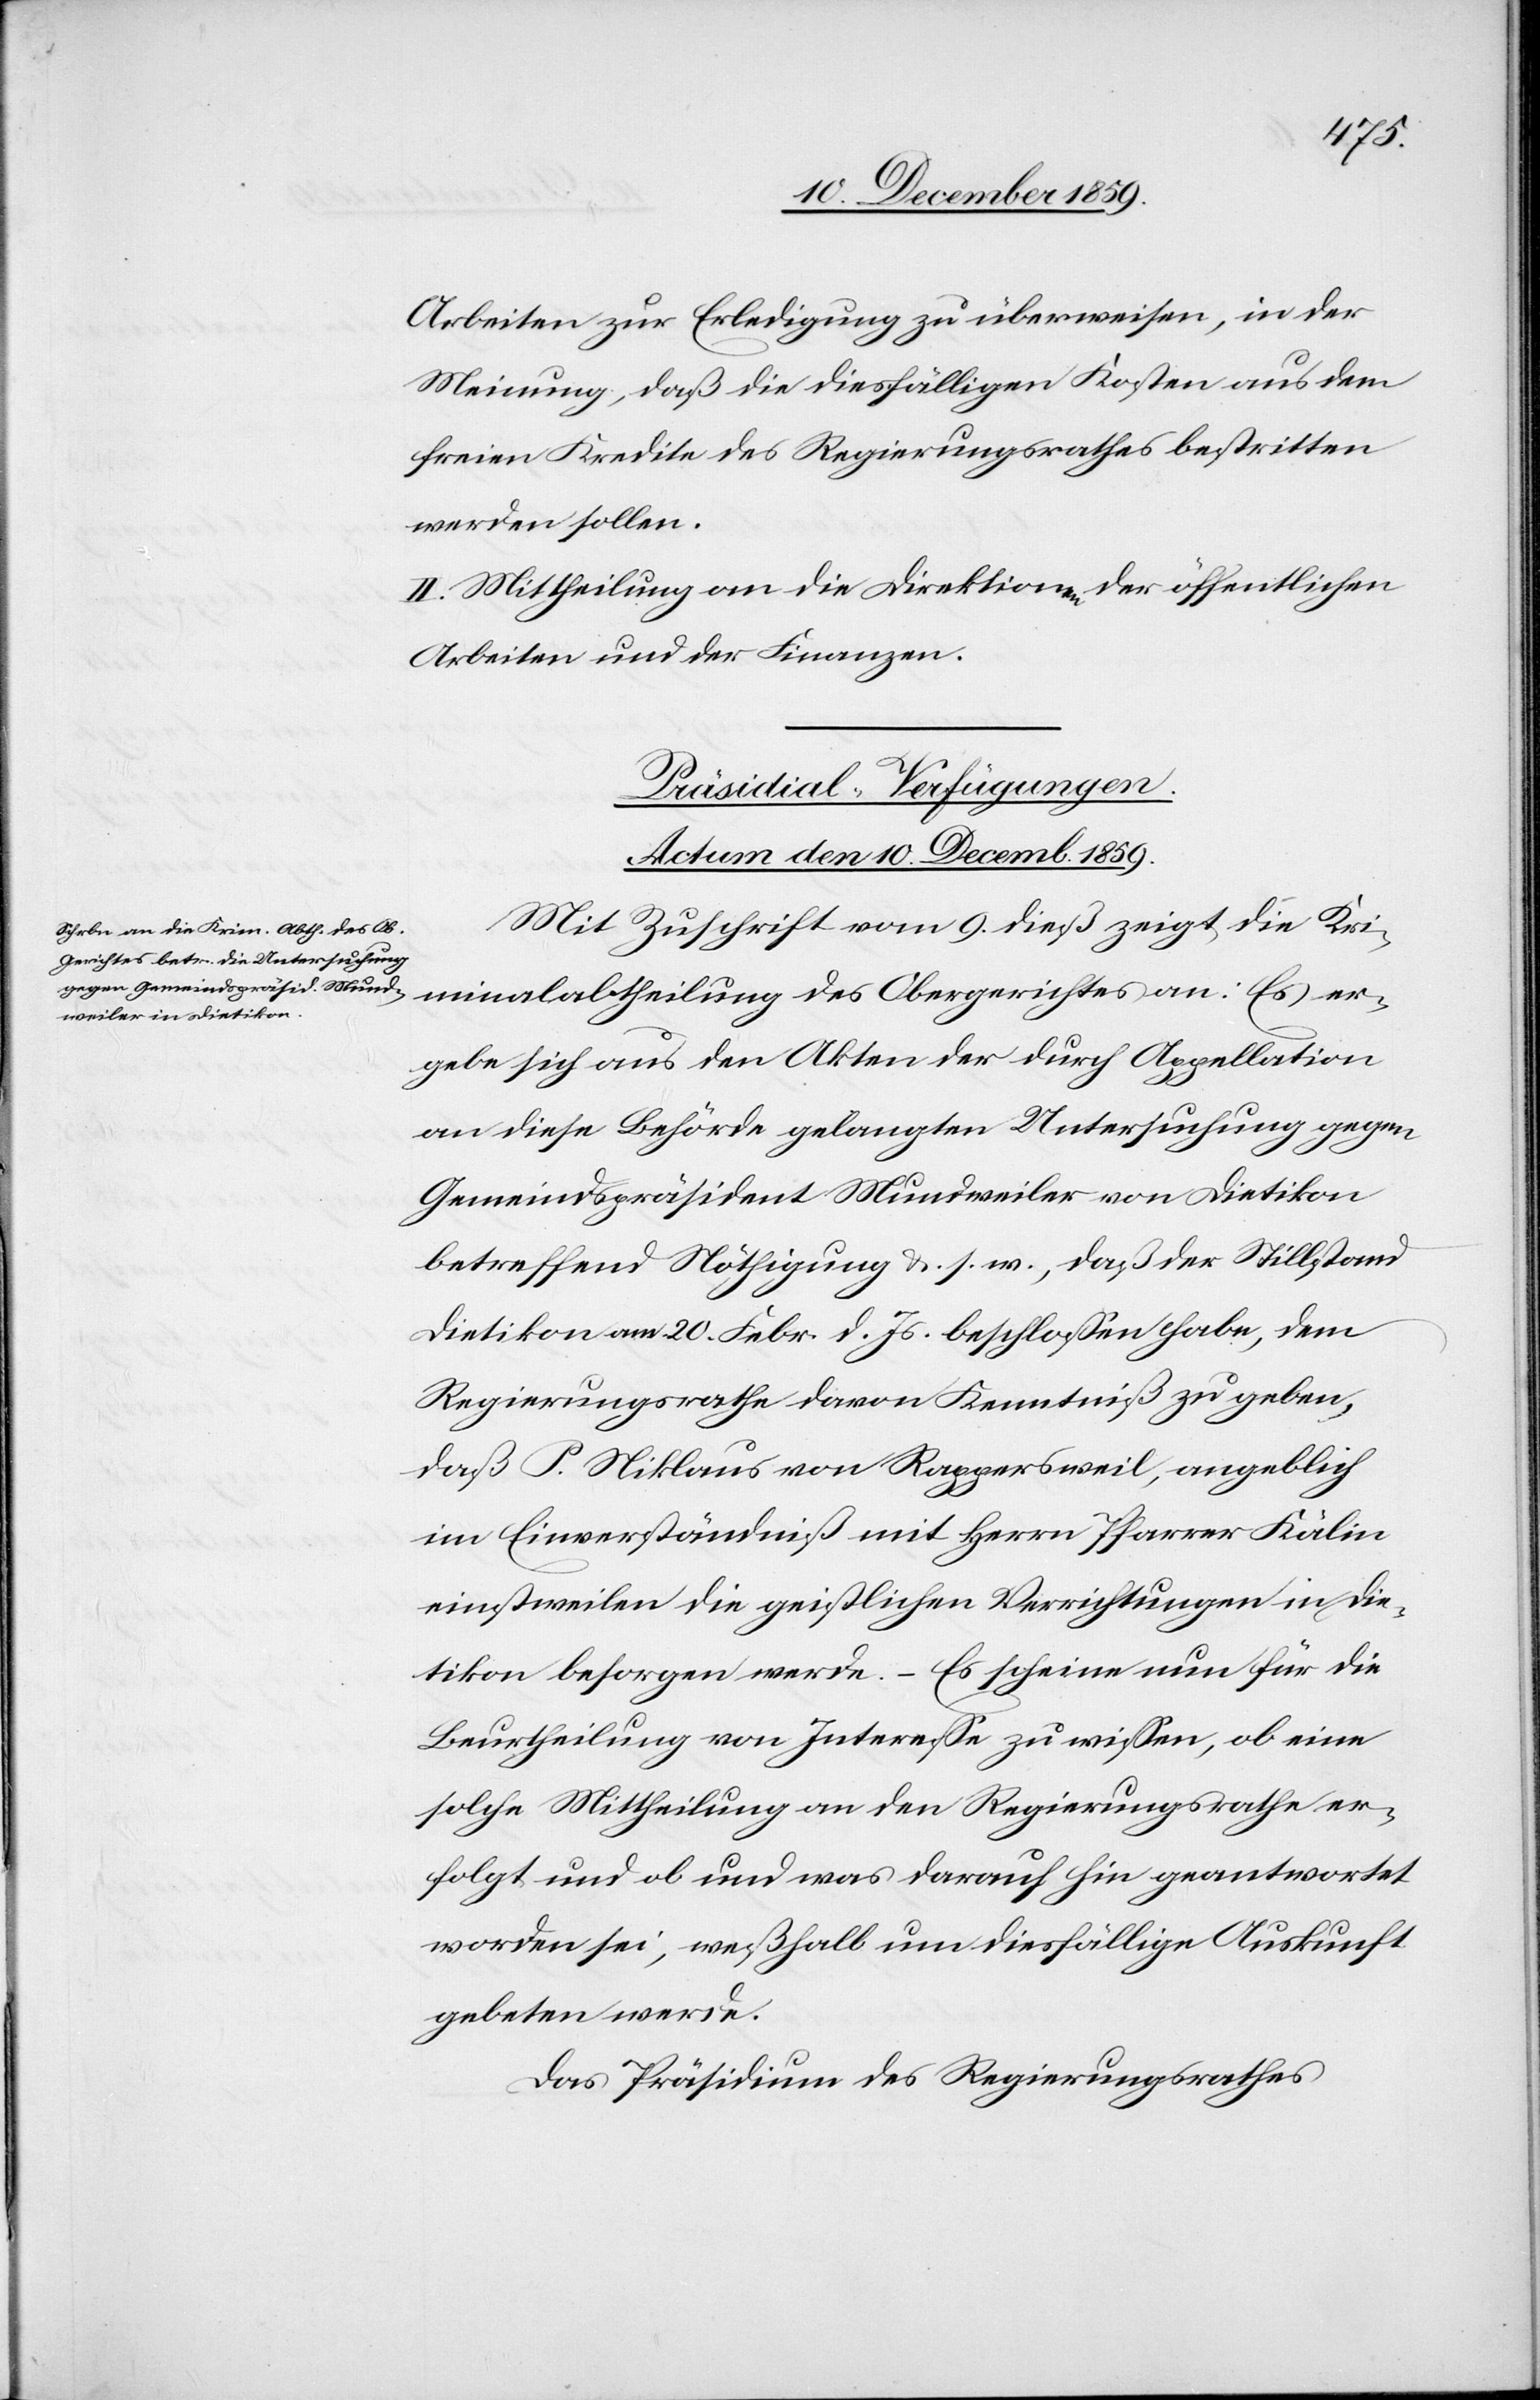
Arbeiten zur Erledigung zu überweisen, in der
Meinung, daß die diesfälligen Kosten aus dem
freien Kredite des Regierungsrathes bestritten
werden sollen.
II. Mittheilung an die Direktionen der öffentlichen
Arbeiten und der Finanzen.
Präsidial-Verfügungen.
Actum den 10. Decemb. 1859.
Mit Zuschrift vom 9. dieß zeigt die Kri¬
minalabtheilung des Obergerichtes an: Es er¬
gebe sich aus den Akten der durch Appellation
an diese Behörde gelangten Untersuchung gegen
Gemeindspräsident Mundweiler von Dietikon
betreffend Nöthigung &. s. w., daß der Stillstand
Dietikon am 20. Febr. d. Js. beschlossen habe, dem
Regierungsrathe davon Kenntniß zu geben,
daß P. Niklaus von Rappersweil, angeblich
im Einverständniß mit Herrn Pfarrer Kälin
einstweilen die geistlichen Verrichtungen in Die¬
tikon besorgen werde. – Es scheine nun für die
Beurtheilung von Interesse zu wissen, ob eine
solche Mittheilung an den Regierungsrathe er¬
folgt und ob und was darauf hin geantwortet
worden sei, weßhalb um diesfällige Auskunft
gebeten werde.
Das Präsidium des Regierungsrathes